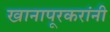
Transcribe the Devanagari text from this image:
खानापूरकरांनी